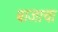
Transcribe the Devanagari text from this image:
बाजाचा